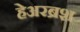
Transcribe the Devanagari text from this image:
हेअरब्रश